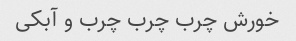
خورش چرب چرب چرب و آبکی